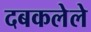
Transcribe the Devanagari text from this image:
दबकलेले